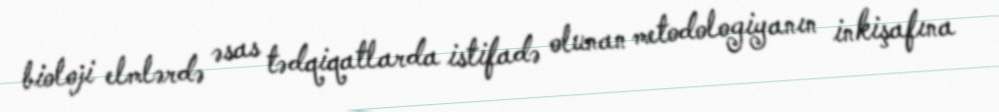
bioloji elmlərdə əsas tədqiqatlarda istifadə olunan metodologiyanın inkişafına